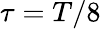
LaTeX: \tau=T/8